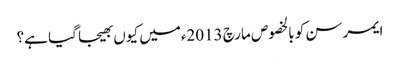
ایمرسن کو بالخصوص مارچ 2013ءمیں کیوں بھیجا گیا ہے؟